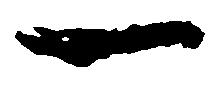
一